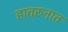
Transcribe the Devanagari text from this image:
हातरुनात